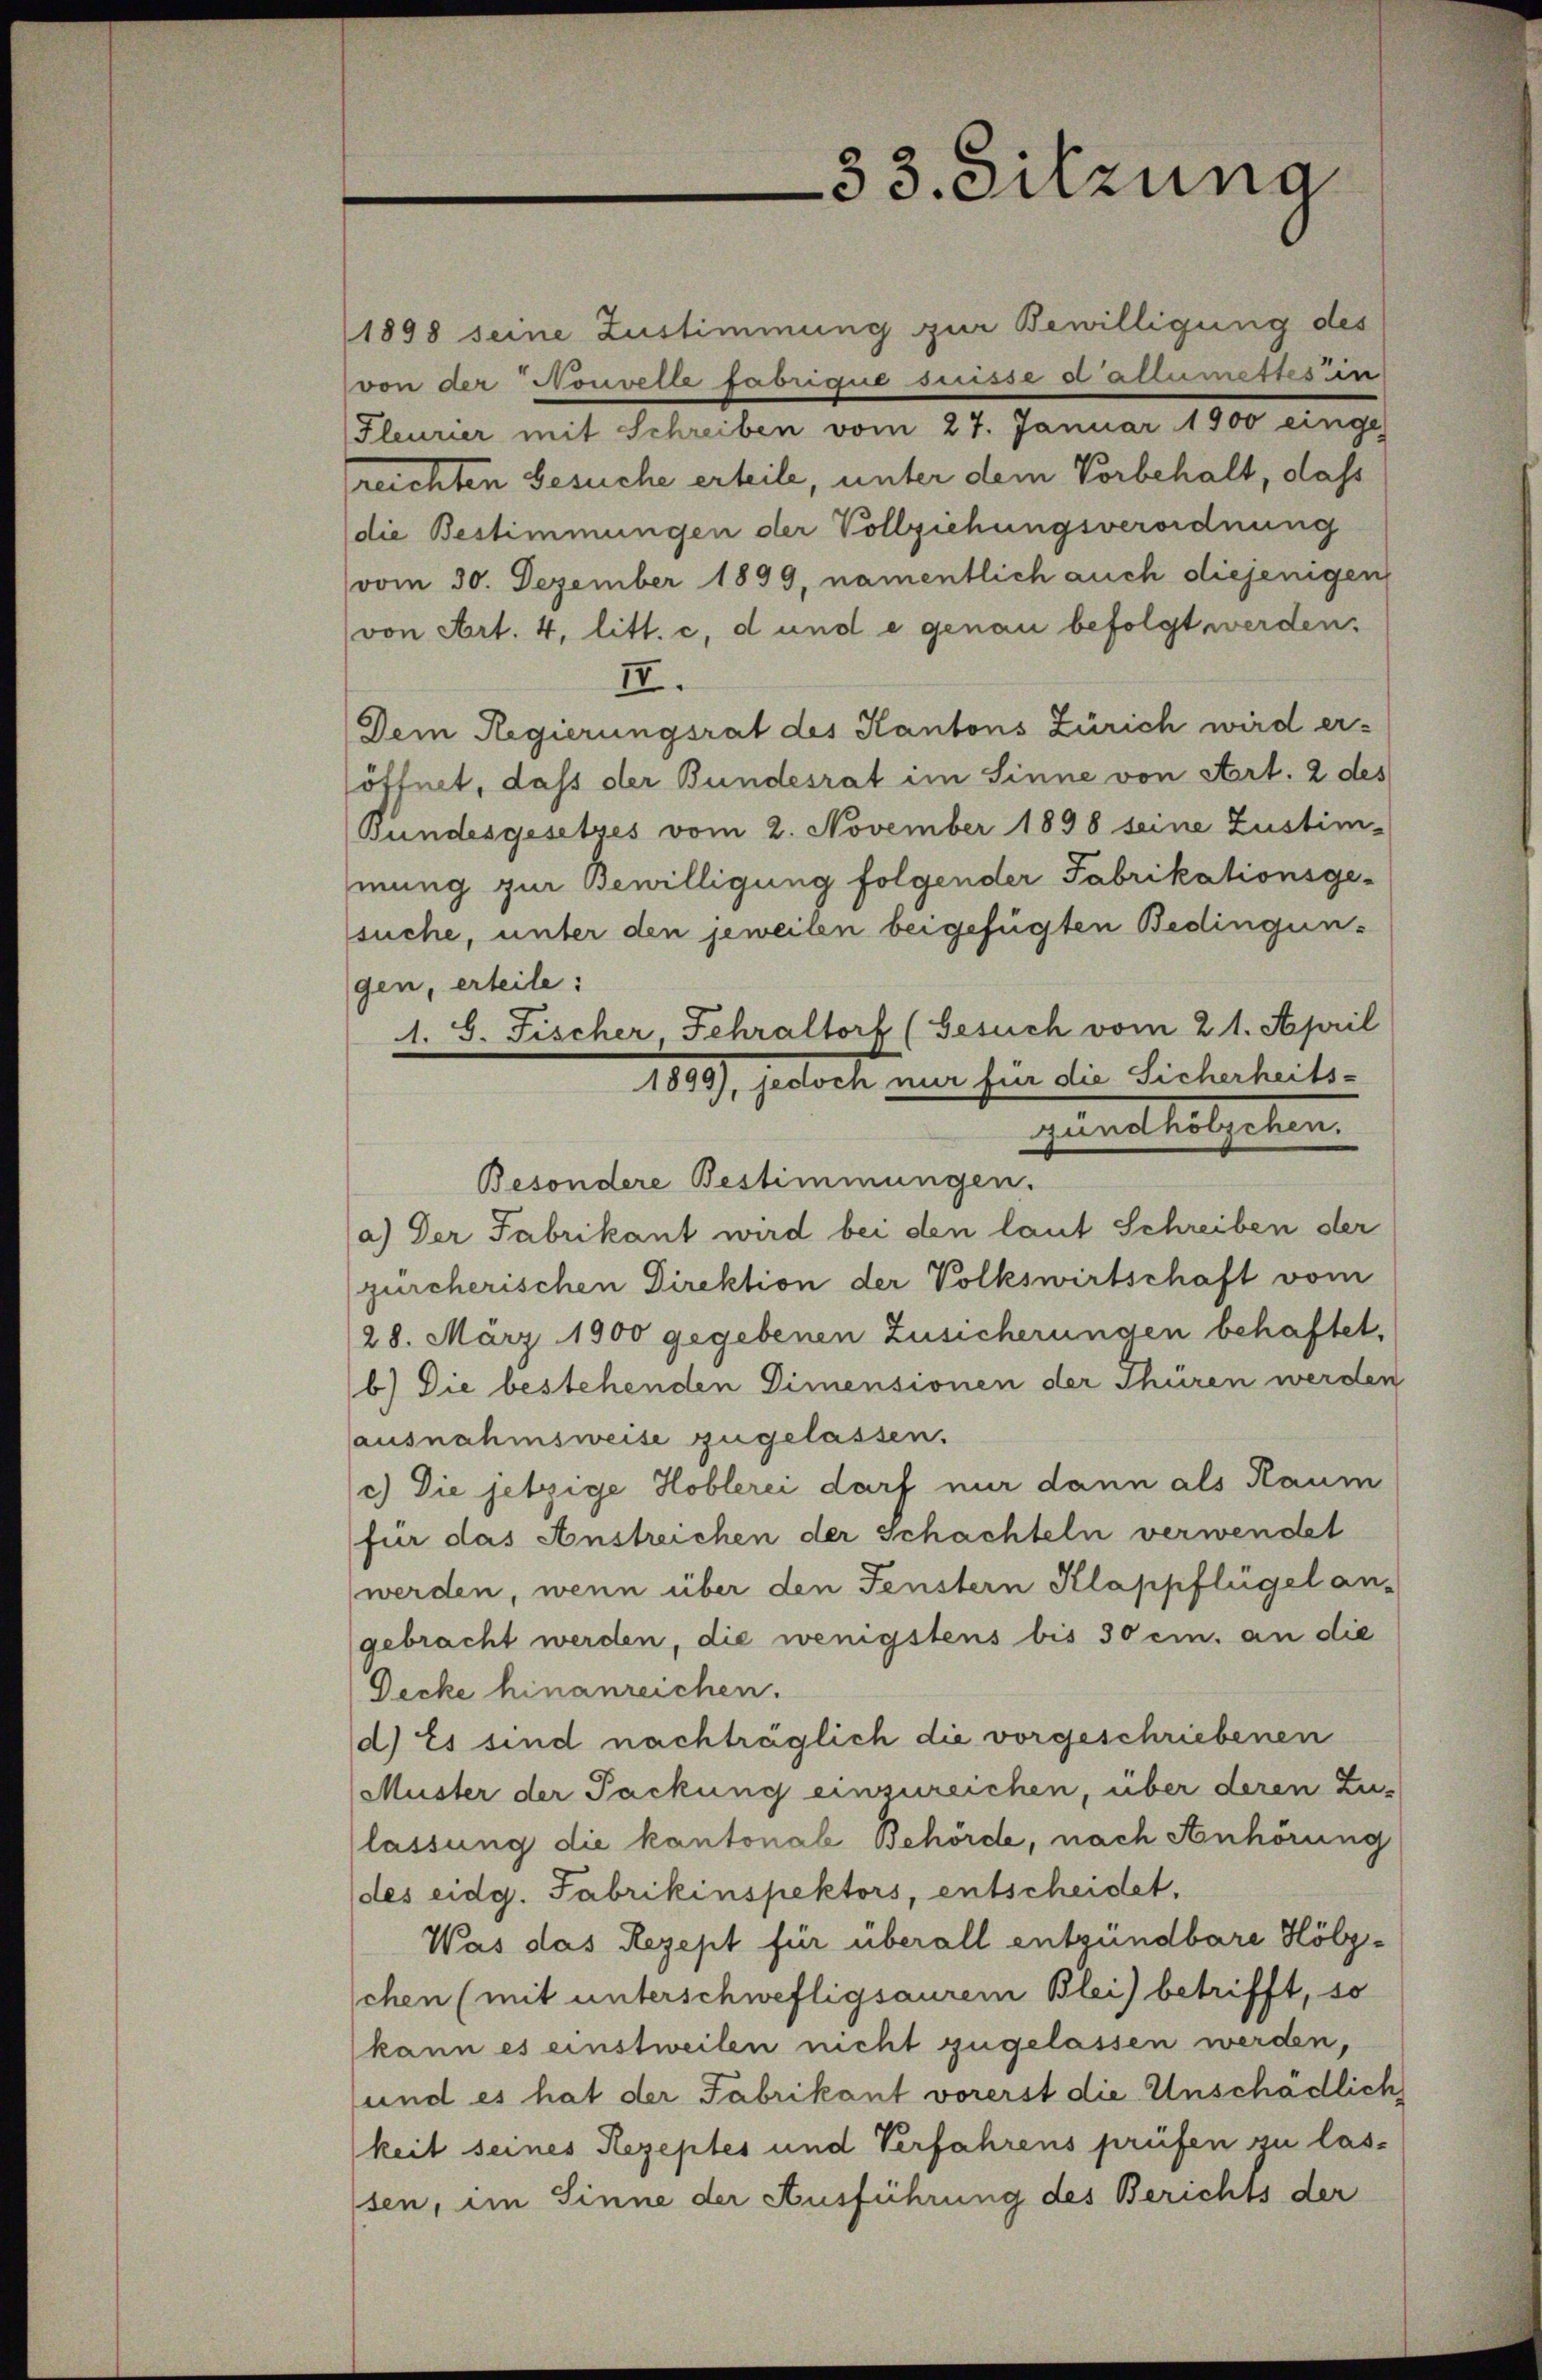
33. Sitzung

1898 seine Zustimmung zur Bewilligung des
von der Nouvelle fabrique suisse e altermettes in
Fleurier mit Schreiben vom 27. Januar 1900 einge
reichten besuche erteile, unter dem Vorbehalt, dass
die Bestimmungen der Vollziehungsverordnung
vom 30. Dezember 1899, namentlich auch diejenigen,
(von Art. 4, litt. c, d und e genau befolgt werden.
II.
Dem Regierungsrat des Kantons Zürich wird er-
öffnet, dass der Bundesrat im Sinne von Art. 2 des
Bundesgesetzes vom 2. November 1898 seine Zustim-
mung zur Bewilligung folgender Fabrikationsgesuche, unter den jeweiten beigefügten Bedingungen, erteile:
1. S. Fischer Fehraltorf (Gesuch vom 21. April
1899), jedoch nur für die Sicherheits-
sind stilgemein
Besondere Bestimmungen.
(a) Der Fabrikant wird bei den laut Schreiben der
gürcherischen Direktion der Volkswirtschaft vom
28. März 1900 gegebenen Zusicherungen behaftet,
b) Die bestehenden Dimensionen der Thüren werden
ausnahmsweise zugelassen.
c.) Die jetzige Hoblerei darf nur dann als Raum
für das Anstreichen der Schachteln verwendet
werden, wenn über den Fenstern Klappflügel an-
gebracht werden, die wenigstens bis 30 cm. an die
Decke hinanreichen.
d) Es sind nachträglich die vorgeschriebenen
Muster der Packung einzureichen, über deren Zu-
lassung die kantonale Behörde, nach Anhörung
(des eidg. Fabrikinspektors, entscheidet.
Was das Rezept für überall entgündbare Hölzschen (mit unterschwefligsaurem Blei) betrifft, so
kann es einstweilen nicht zugelassen werden,
und es hat der Fabrikant vorerst die Unschädlich
keit seines Rezeptes und Verfahrens prüfen zu lassen, im Sinne der Ausführung des Berichts der